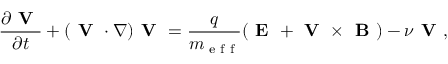
\frac { \partial \textbf { V } } { \partial t } + ( \textbf { V } \cdot \nabla ) \textbf { V } = \frac { q } { m _ { \textrm { e f f } } } ( \textbf { E } + \textbf { V } \times \textbf { B } ) - \nu \textbf { V } ,